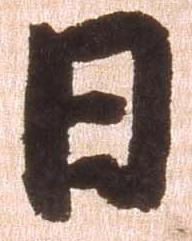
日